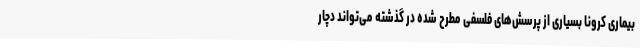
بیماری کرونا بسیاری از پرسش‌های فلسفی مطرح شده در گذشته می‌تواند دچار